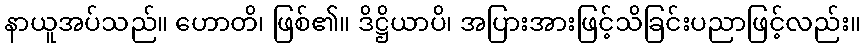
နာယူအပ်သည်။ ဟောတိ၊ ဖြစ်၏။ ဒိဋ္ဌိယာပိ၊ အပြားအားဖြင့်သိခြင်းပညာဖြင့်လည်း။